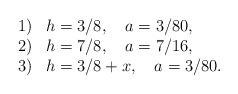
\begin{align*}\begin{array}{ll}1) & h=3/8, \quad a=3/80 , \\2) & h=7/8, \quad a=7/16 , \\3) & h=3/8+x, \quad a=3/80 . \end{array}\end{align*}